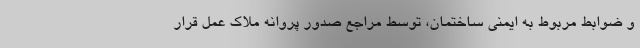
و ضوابط مربوط به ایمنی ساختمان، توسط مراجع صدور پروانه ملاک عمل قرار